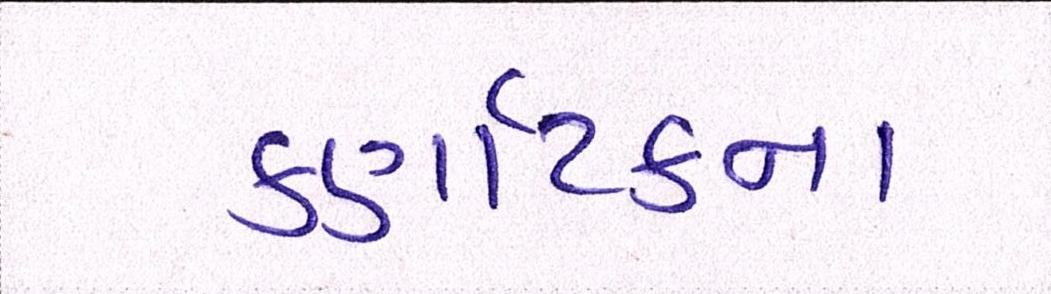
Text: કર્ણાટકના